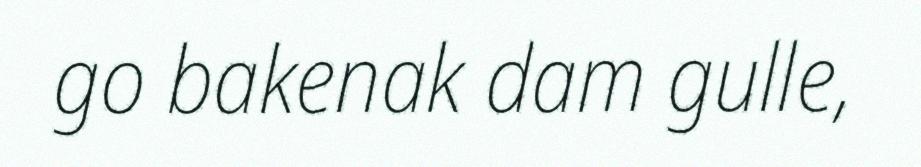
go bakenak dam gulle,